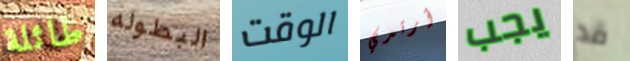
طائلة البطوله الوقت أرتدي يجب قد